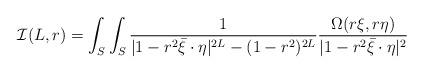
\begin{align*}\mathcal I(L,r)=\int_S \int_S \frac{1}{|1-r^2\bar \xi\cdot \eta|^{2L}-(1-r^2)^{2L}} \frac{\Omega(r\xi, r\eta)}{|1-r^2\bar \xi\cdot \eta|^{2}}\end{align*}